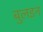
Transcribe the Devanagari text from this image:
बुलइन